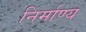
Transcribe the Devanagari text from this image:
निर्माण्य